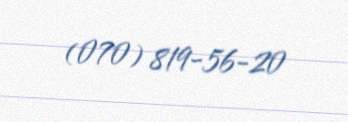
(070) 819-56-20